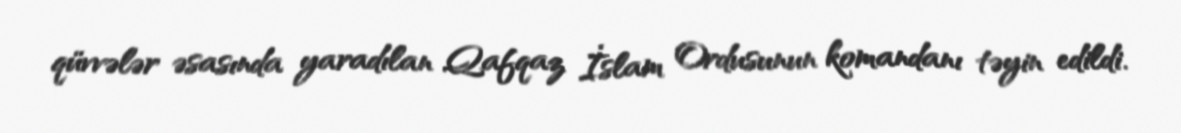
qüvvələr əsasında yaradılan Qafqaz İslam Ordusunun komandanı təyin edildi.